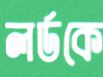
লর্ডকে